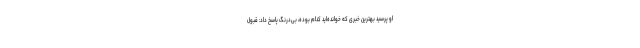
او پرسید بهترین خبری که خوانده‌اید کدام بوده، بی‌درنگ پاسخ داد: قبول